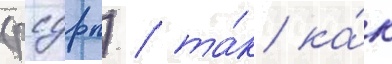
(рсдрп) / та́к ка́к